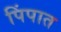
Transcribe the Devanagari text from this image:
पिंपात